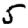
Digit: 5